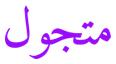
متجول